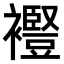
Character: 𧞫